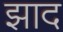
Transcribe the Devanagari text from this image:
झाद